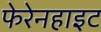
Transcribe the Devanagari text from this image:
फेरेनहाइट